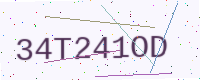
Text: 34T241OD